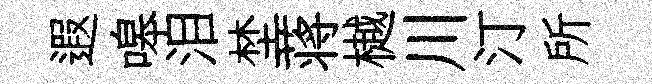
遐嗥泪埜蒋樾川汀所